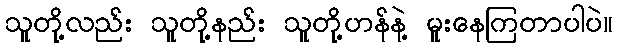
သူတို့လည်း သူတို့နည်း သူတို့ဟန်နဲ့ မူးနေကြတာပါပဲ။